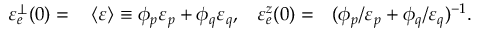
\begin{array} { r l r l } { \mathinner { \varepsilon _ { e } ^ { \perp } \mathopen { \left( 0 \right) } } = } & { { } \left\langle \varepsilon \right\rangle \equiv \phi _ { p } \varepsilon _ { p } + \phi _ { q } \varepsilon _ { q } , } & { \mathinner { \varepsilon _ { e } ^ { z } \mathopen { \left( 0 \right) } } = } & { { } ( \phi _ { p } / \varepsilon _ { p } + \phi _ { q } / \varepsilon _ { q } ) ^ { - 1 } . } \end{array}